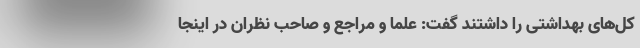
کل‌های بهداشتی را داشتند گفت: علما و مراجع و صاحب نظران در اینجا